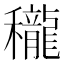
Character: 䆍